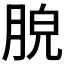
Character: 𦛮